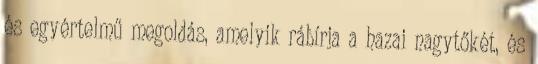
és egyértelmű megoldás, amelyik rábírja a hazai nagytőkét, és